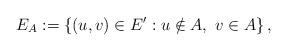
LaTeX: \begin{align*} E_A := \{ (u,v) \in E': u \notin A,~ v \in A\}\,,\end{align*}